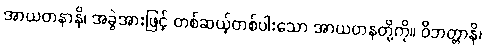
အာယတနာနိ၊ အခွဲအားဖြင့် တစ်ဆယ့်တစ်ပါးသော အာယတနတို့ကို။ ဝိဘတ္တာနိ၊